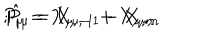
P _ { \mu } = X _ { \mu , - 1 } + X _ { \mu , n } \hspace { . 5 c m } ; \hspace { . 5 c m } \hat { P } _ { \mu } = X _ { \mu , - 1 } - X _ { \mu , n }